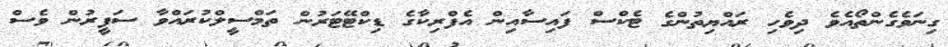
ގިނަވެގެންތޯއެވެ ދިވެހި ރައްޔިތުންގެ ޓެކްސް ފައިސާއިން އެފްރިކާގެ ޑިކްޓޭޓަރުން ތަމްސީލްކުރައްވާ ސަފީރުން ވެސް